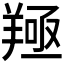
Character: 𦎢